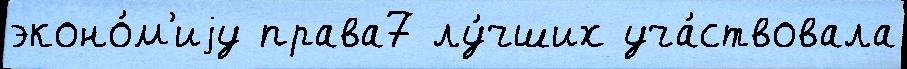
эконо́м'иjу права7 лу́чших уча́ствовала